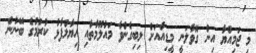
މި ޖަމިއްޔާ އިން ގޮވާލަނީ މީޑިއާއަށް ލިބިގެންވާ މައުލޫމާތާއި ހިޔާލުފާޅު ކުރުމުގެ ބޭނުން